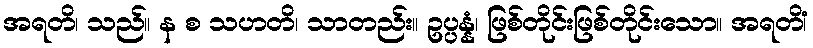
အရတိ၊ သည်။ န စ သဟတိ၊ သာတည်း။ ဥပ္ပန္နံ၊ ဖြစ်တိုင်းဖြစ်တိုင်းသော။ အရတိံ၊